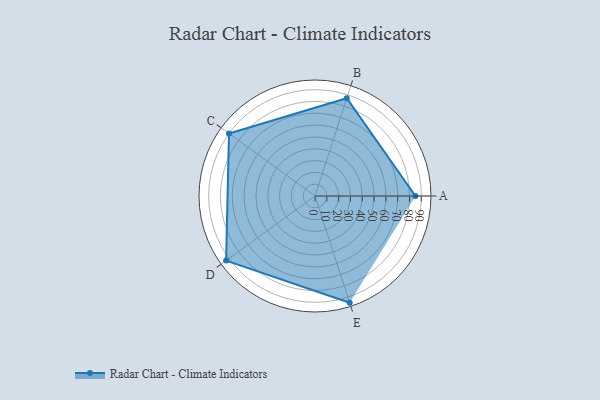
{"axis": {"x": "Skill", "y": "Score"}, "legend": ["Profile"], "data": [{"x": "A", "y": 85.0, "type": "Profile"}, {"x": "B", "y": 87.0, "type": "Profile"}, {"x": "C", "y": 90.0, "type": "Profile"}, {"x": "D", "y": 93.0, "type": "Profile"}, {"x": "E", "y": 95.0, "type": "Profile"}]}